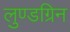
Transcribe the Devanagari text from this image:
लुण्डग्रिन